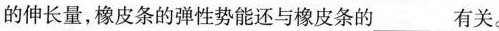
的伸长量，橡皮条的弹性势能还与橡皮条的___有关。